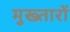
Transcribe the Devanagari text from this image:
मुख्तारों